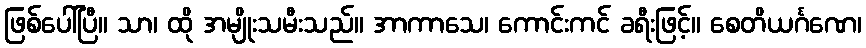
ဖြစ်ပေါ်ပြီ။ သာ၊ ထို အမျိုးသမီးသည်။ အာကာသေ၊ ကောင်းကင် ခရီးဖြင့်။ စေတိယင်္ဂဏေ၊